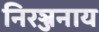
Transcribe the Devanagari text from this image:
निरञ्जनाय